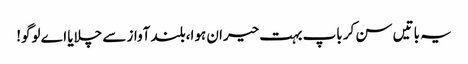
یہ باتیں سن کر باپ بہت حیران ہوا،بلند آواز سے چلایا اے لوگو!